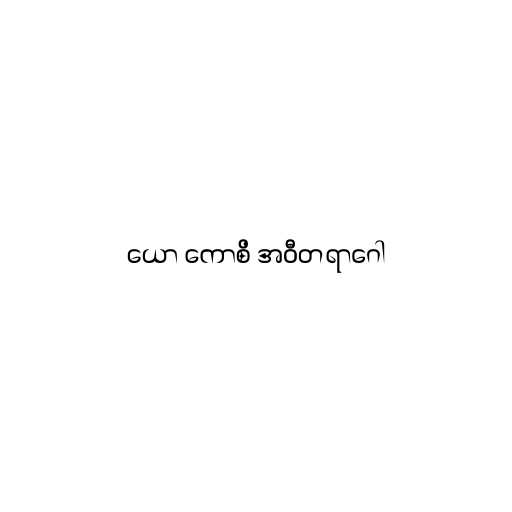
ယော ကောစိ အဝီတရာဂေါ